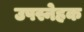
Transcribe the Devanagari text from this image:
उपस्नेहक